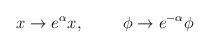
LaTeX: \begin{align*}x \rightarrow e^\alpha x, \hspace{1cm} \phi \rightarrow e^{- \alpha} \phi\end{align*}